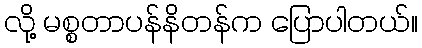
လို့ မစ္စတာပန်နိတန်က ပြောပါတယ်။